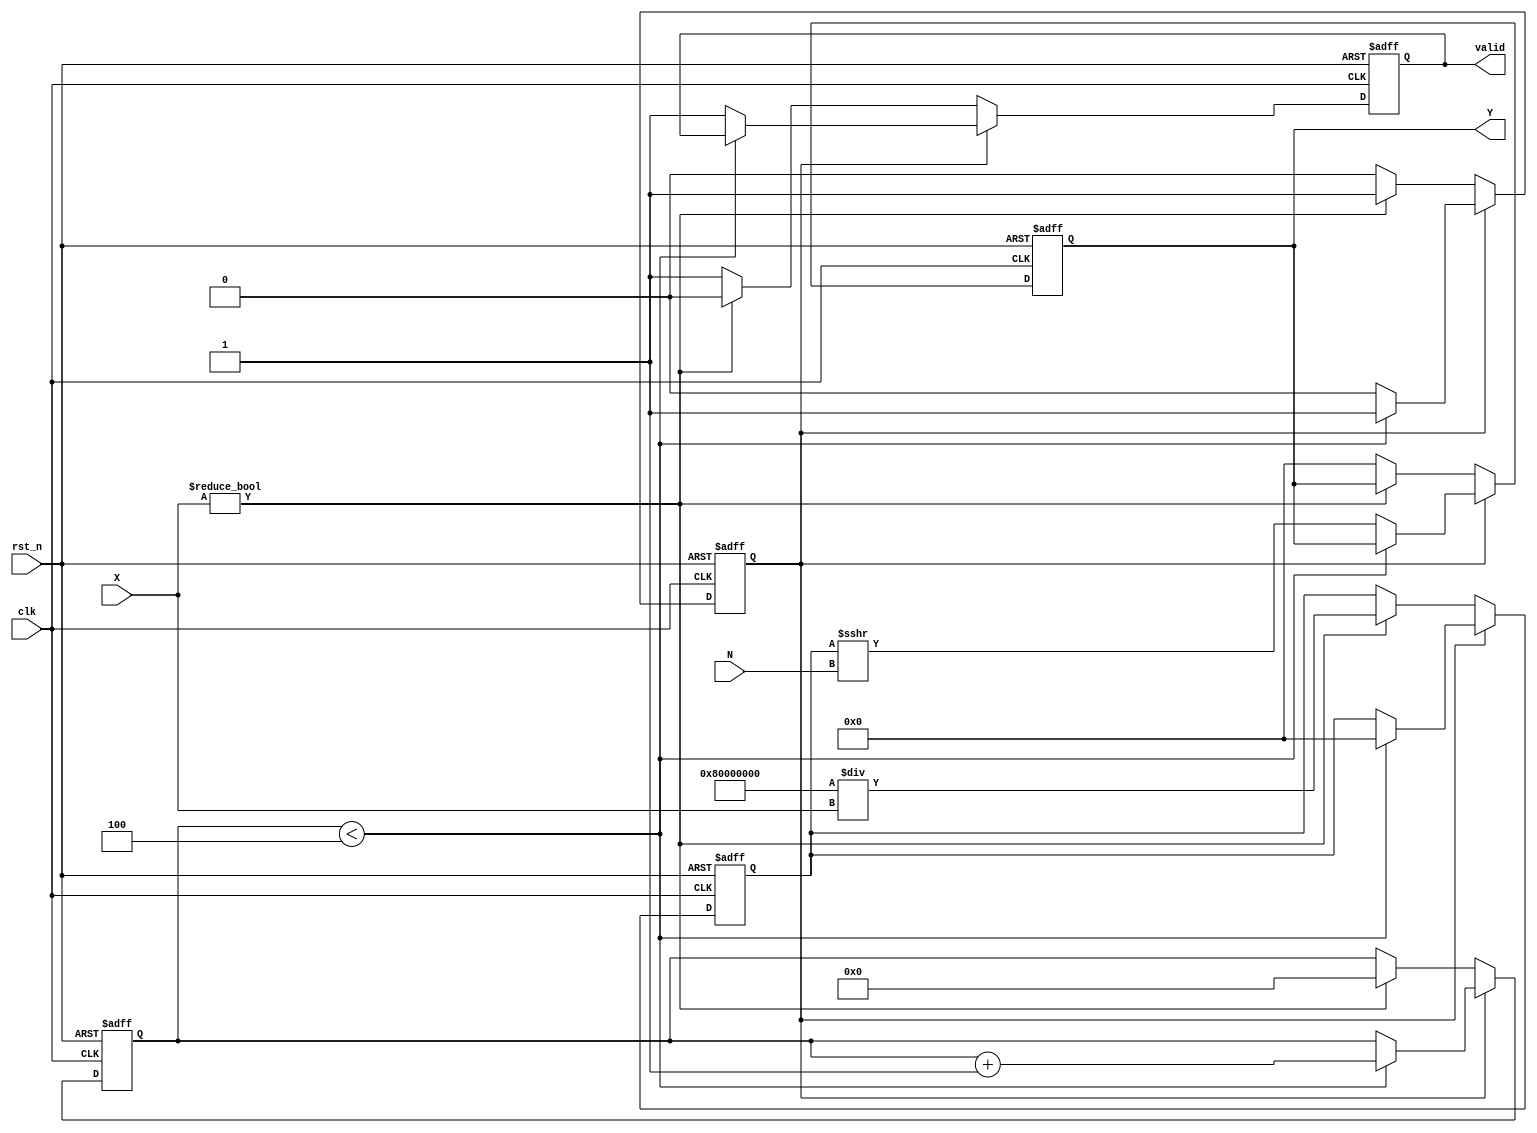
module fractional_order_reciprocal #(
    parameter INPUT_WIDTH = 16,  // Width of input signal
    parameter OUTPUT_WIDTH = 32,  // Width of output signal
    parameter FRACTIONAL_ORDER_WIDTH = 8 // Width for fractional order
)(
    input wire clk,
    input wire rst_n,
    input wire [INPUT_WIDTH-1:0] X, // Input signal
    input wire [FRACTIONAL_ORDER_WIDTH-1:0] N, // Fractional order
    output reg [OUTPUT_WIDTH-1:0] Y, // Output signal
    output reg valid // Output valid signal
);

    reg [OUTPUT_WIDTH-1:0] approx; // Current approximation of reciprocal
    reg [OUTPUT_WIDTH-1:0] temp; // Temporary variable for calculations
    reg [3:0] iteration; // Iteration counter
    reg start; // Start signal for the calculation

    // Control logic for the iterative process
    always @(posedge clk or negedge rst_n) begin
        if (!rst_n) begin
            Y <= 0;
            valid <= 0;
            approx <= 0;
            iteration <= 0;
            start <= 0;
        end else begin
            if (start) begin
                if (iteration < 4) begin // Limit iterations for convergence
                    // Newton-Raphson iteration: approx = approx * (2 - X * approx)
                    temp = approx * (2**OUTPUT_WIDTH - X * approx) >> OUTPUT_WIDTH;
                    approx <= temp;
                    iteration <= iteration + 1;
                end else begin
                    // Final scaling based on fractional order
                    Y <= approx >>> (N[FRACTIONAL_ORDER_WIDTH-1:0]); // Right shift for fractional order
                    valid <= 1;
                    start <= 0; // Stop the calculation
                end
            end else begin
                // Start the calculation on valid input
                if (X != 0) begin
                    approx <= (1 << (OUTPUT_WIDTH - 1)) / X; // Initial approximation
                    iteration <= 0;
                    valid <= 0;
                    start <= 1; // Start the calculation
                end else begin
                    Y <= 0; // Handle division by zero
                    valid <= 1;
                end
            end
        end
    end

endmodule